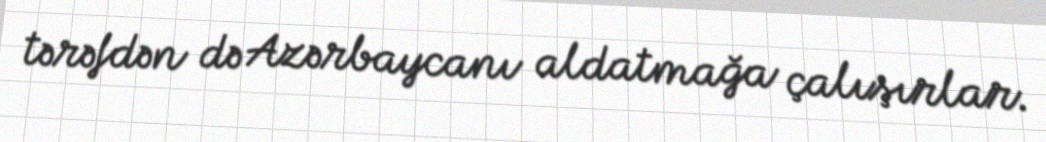
tərəfdən də Azərbaycanı aldatmağa çalışırlar.